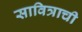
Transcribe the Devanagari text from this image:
सावित्राची